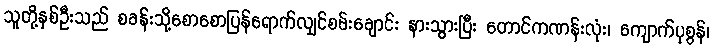
သူတို့နှစ်ဦးသည် စခန်းသို့စောစောပြန်ရောက်လျှင်စမ်းချောင်း နားသွားပြီး တောင်ကဏန်းလုံး၊ ကျောက်ပုစွန်၊